Investigations into the jail dietaries of the United Provinces with some observations on the influence of dietary on the physical development and well-being of the people of the United Provinces - Number 48
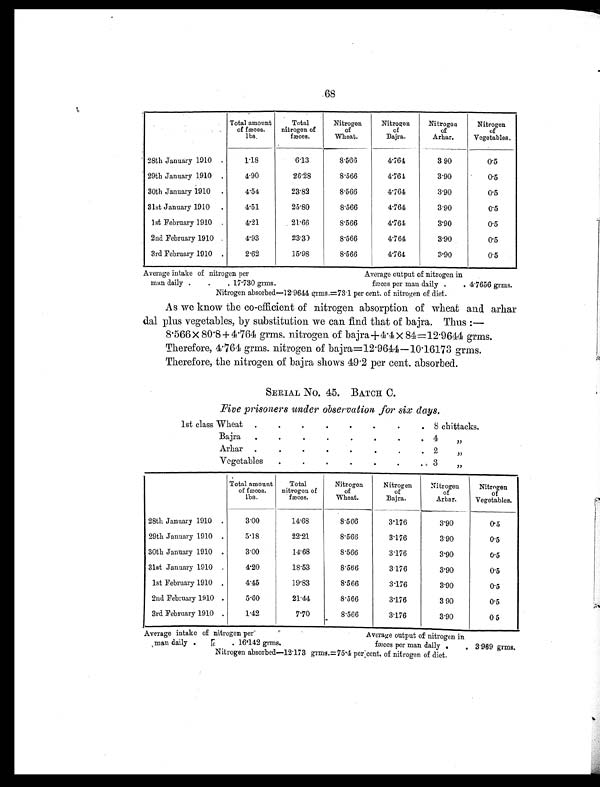
68
Total amount
of fæces.
lbs.
Total
nitrogen of
fæces.
Nitrogen
of
Wheat.
Nitrogen
of
Bajra.
Nitrogen
of
Arhar.
Nitrogen
of
Vegetables.
28th January 1910 .
1.18
6.13
8.566
4.764
3.90
0.5
29th January 1910
.
4.90
26.28
8.566
4.764
3.90
0.5
30th January 1910
.
4.54
23.82
8.566
4.764
3.90
0.5
31st January 1910
.
4.51
25.80
8.566
4.764
3.90
0.5
1st February 1910 .
4.21
21.66
8.566
4.764
3.90
0.5
2nd February 1910 .
4.93
23.30
8.566
4.764
3.90
0.5
3rd February 1910 .
2.62
15.98
8.566
4.764
3.90
0.5
Average intake of nitrogen per
Average output of nitrogen in
man daily .
.
. 1 7 . 7 3 0 g r m s .
fæces per man daily .
. 4.7656 grms.
Nitrogen absorbed—12.9644 grms.=73.1 per cent. of nitrogen of diet.
As we know the co-efficient of nitrogen absorption of wheat and arhar
dal plus vegetables, by substitution we can find that of bajra. Thus :—
8.566 × 80.8+4.764 grms. nitrogen of bajra +4.4 × 84=12.9644 grms.
Therefore, 4.764 grms. nitrogen of bajra=12.9644—10.16173 grms.
Therefore, the nitrogen of bajra shows 49.2 per cent. absorbed.
SERIAL NO. 45. BATCH C.
Five prisoners under observation for six days.
1st class Wheat
.
.
.
.
.
.
.
. 8 chittacks.
Bajra
.
.
.
.
.
.
.
. 4 „
Arhar
.
.
.
.
.
.
.
2 „
Vegetables
.
.
.
.
.
.
. 3 „
Total amount
of fæces.
l b s .
Total
nitrogen of
f æces.
Nitrogen
of
Wheat.
Nitrogen
of
Bajra.
Nitrogen
of
Arkin
Nitrogen
of
Vegetables.
28th January 1910
.
3.00
14.68
8.566
3.176
3.90
0.5
29th January 1910 .
5.18
22.21
8.566
3.176
3.90
0.5
30th January 1910 .
3.00
14.68
8.566
3.176
3.90
0.5
31st January 1910 .
4.20
18.53
8.566
3.176
3.90
0.5
1st February 1910 .
4.45
19.83
8.566
3.176
3.90
0.5
2nd February 1910 .
5.60
21.44
8.566
3.176
3 90
0.5
3rd February 1910 .
1.42
7.70
8.566
3.176
3.90
0 5
Average intake of nitrogen per
Average output of nitrogen in
man daily .
.
. 16. 142 gr ms .
fæces per man daily .
. 3.989 grms.
Nitrogen absorbed—12.173 grms.=75.4 per cent. of nitrogen of diet.